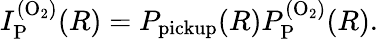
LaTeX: I_{\mathrm{P}}^{\mathrm{(O_{2})}}(R)=P_{\mathrm{pickup}}(R)P_{\mathrm{P}}^{\mathrm{(O_{2})}}(R).